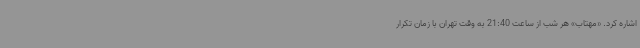
اشاره کرد. «مهتاب» هر شب از ساعت 21:40 به وقت تهران با زمان تکرار